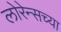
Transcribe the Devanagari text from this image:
लोरेन्सच्या